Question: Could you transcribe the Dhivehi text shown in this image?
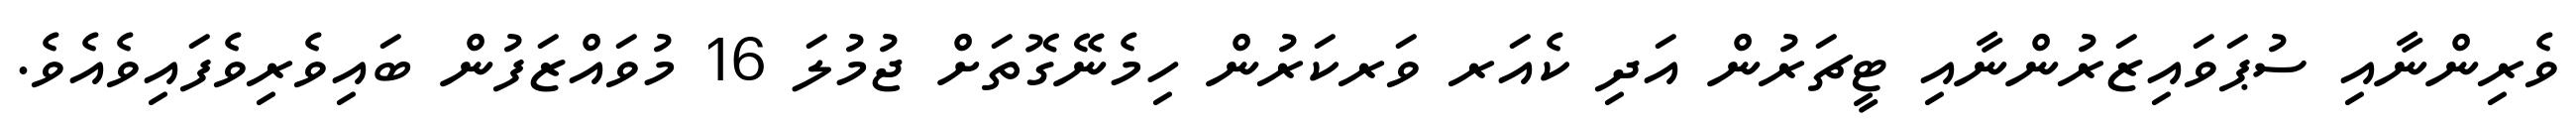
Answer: ވެރިންނާއި ސުޕަވައިޒަރުންނާއި ޓީޗަރުން އަދި ކެއަރ ވަރކަރުން ހިމެނޭގޮތަށް ޖުމުލަ 16 މުވައްޒަފުން ބައިވެރިވެފައިވެއެވެ.